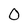
Character: O